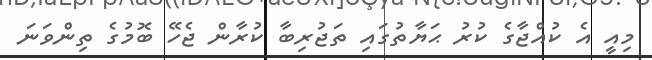
މިއީ އެ ކުއްޖާގެ ކުރު ޙަޔާތުގައި ތަޖުރިބާ ކުރާން ޖެހޭ ބޮމުގެ ތިންވަނަ